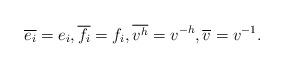
LaTeX: \begin{align*}\overline{e_i}=e_i,\overline{f_i}=f_i,\overline{v^h}=v^{-h},\overline{v}=v^{-1}.\end{align*}